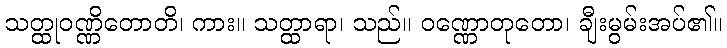
သတ္ထုဝဏ္ဏိတောတိ၊ ကား။ သတ္ထာရာ၊ သည်။ ဝဏ္ဏောတုတော၊ ချီးမွမ်းအပ်၏။